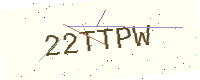
Text: 22TTPW